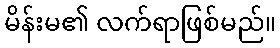
မိန်းမ၏ လက်ရာဖြစ်မည်။